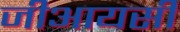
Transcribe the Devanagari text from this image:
जीआयसी